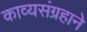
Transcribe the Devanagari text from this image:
काव्यसंग्रहाने